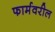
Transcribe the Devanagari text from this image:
फार्मवरील